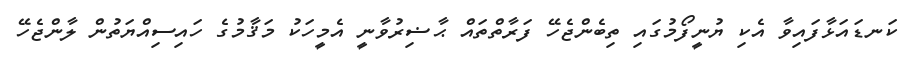
ކަނޑައަޅާފައިވާ އެކި ޔުނީފޯމުގައި ތިބެންޖެހޭ ފަރާތްތައް ޙާޟިރުވާނީ އެމީހަކު މަޤާމުގެ ހައިސިއްޔަތުން ލާންޖެހޭ